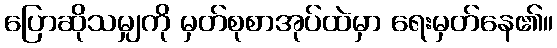
ပြောဆိုသမျှကို မှတ်စုစာအုပ်ထဲမှာ ရေးမှတ်နေ၏။